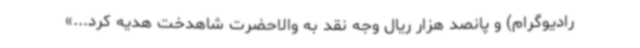
رادیوگرام) و پانصد هزار ریال وجه نقد به والاحضرت شاهدخت هدیه کرد...»